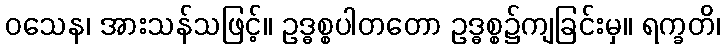
ဝသေန၊ အားသန်သဖြင့်။ ဥဒ္ဓစ္စပါတတော ဥဒ္ဓစ္စ၌ကျခြင်းမှ။ ရက္ခတိ၊